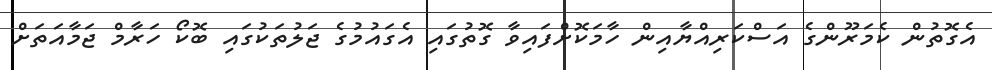
އެގޮތުން ކެމަރޫންގެ އަސްކަރިއްޔާއިން ހާމަކޮށްފައިވާ ގޮތުގައި އެގައުމުގެ ޖަލުތަކުގައި ބޮކޯ ހަރާމް ޖަމާއަތަށް